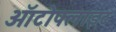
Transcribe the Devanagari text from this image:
ऑटोफ्लाइट